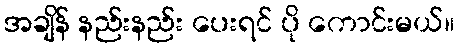
အချိန် နည်းနည်း ပေးရင် ပို ကောင်းမယ်။